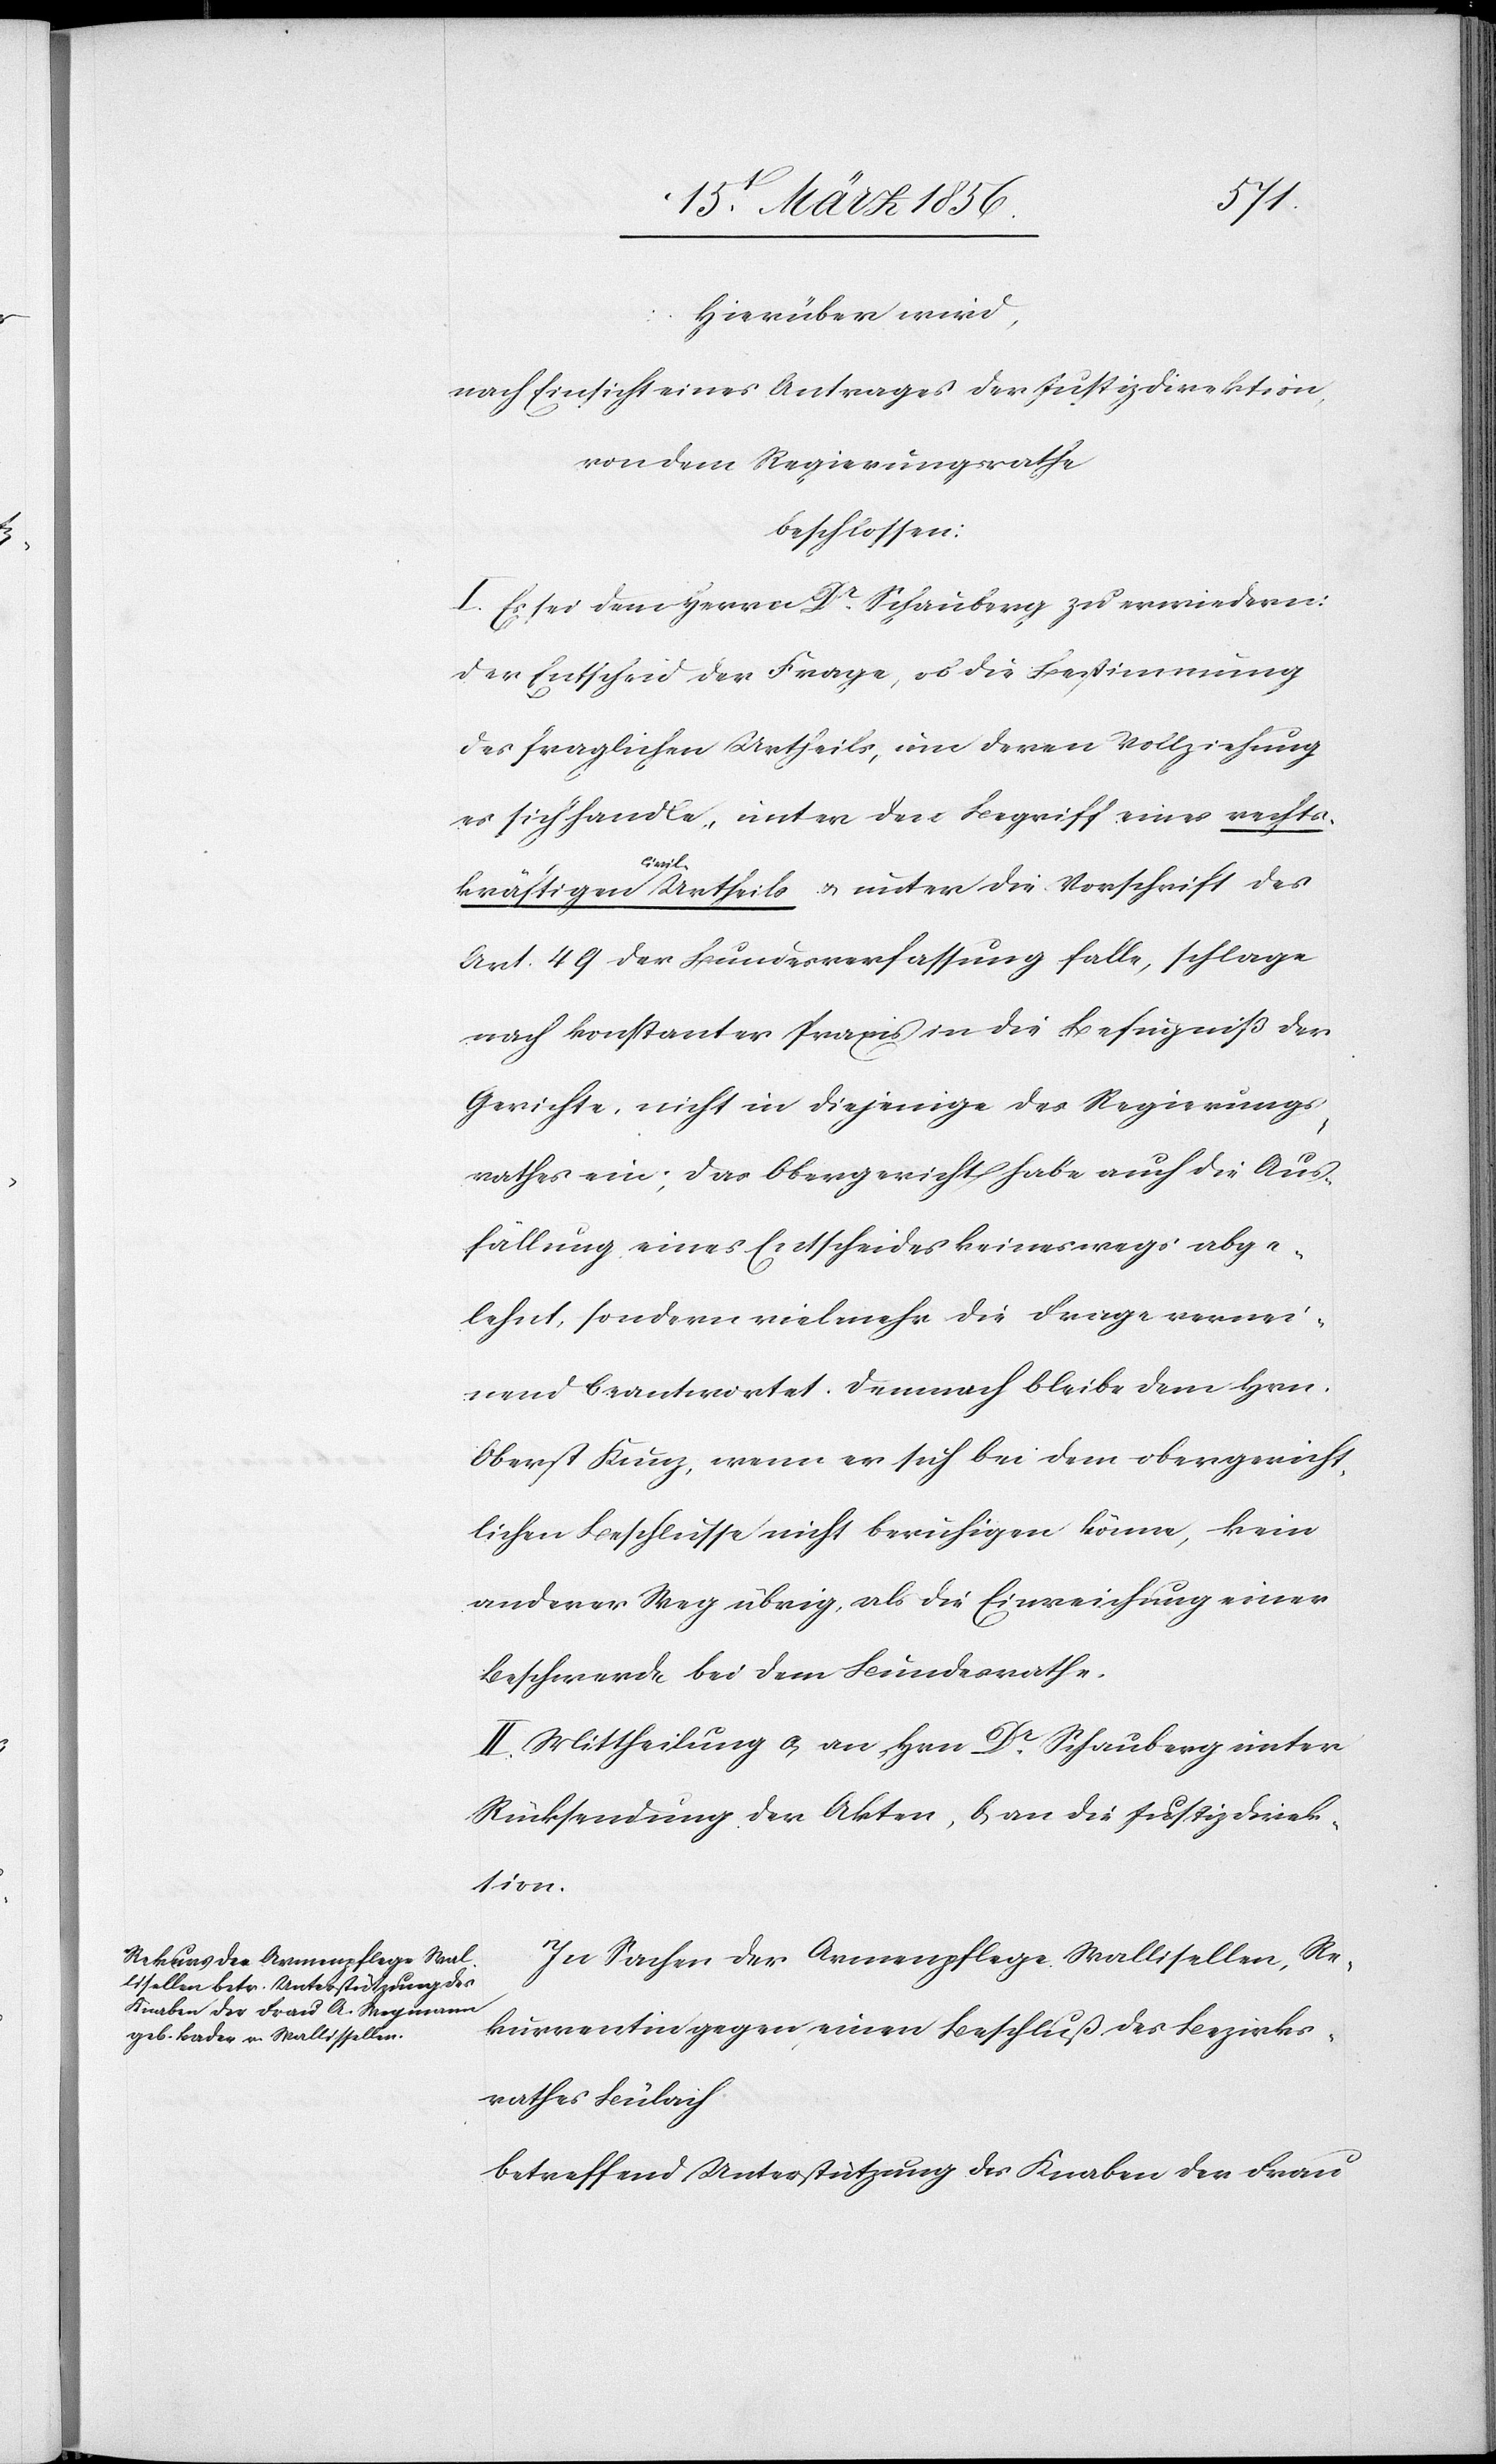
des
Hierüber wird,
nach Einsicht eines Antrages der Justizdirektion
von dem Regierungsrathe
beschlossen:
I. Es sei dem Herrn Dr Schauberg zu erwiedern:
der Entscheid der Frage, ob die Bestimmung
des fraglichen Urtheils, um deren Vollziehung
es sich handle, unter den Begriff eines rechts¬
schrift
Art. 49 der Bundesverfassung falle, schlage
nach konstanter Praxis in die Befugniß der
Gerichte, nicht in diejenigen des Regierungs¬
rathes ein; das Obergericht habe auch die Aus¬
fällung eines Entscheides keineswegs abge¬
lehnt, sondern vielmehr die Frage vernei¬
nend beantwortet. Demnach bleibe dem Hrn.
Oberst Kunz, wenn er sich bei dem obergericht¬
lichen Beschlusse nicht beruhigen könne, kein
anderer Weg übrig, als die Einreichung einer
Beschwerde bei dem Bundesrathe.
II. Mittheilung a, an Hrn Dr Schauberg unter
Rücksendung der Akten, b, an die Justizdirek¬
tion.
In Sachen der Armenpflege Wallisellen, Re¬
kurrentin gegen einen Beschluß des Bezirks¬
rathes Bülach
betreffend Unterstützung des Knaben der Frau